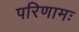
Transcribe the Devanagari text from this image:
परिणामः